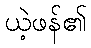
ယဲ့ဖန်၏